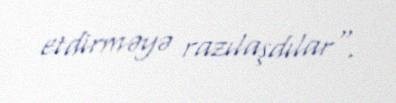
etdirməyə razılaşdılar".